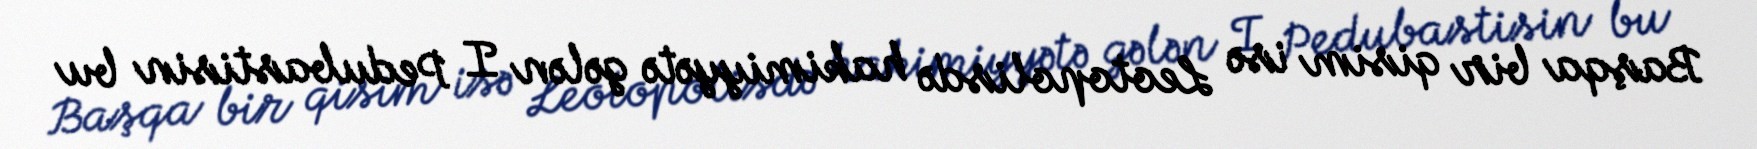
Başqa bir qisim isə Leotopolisdə hakimiyyətə gələn I Pedubastisin bu